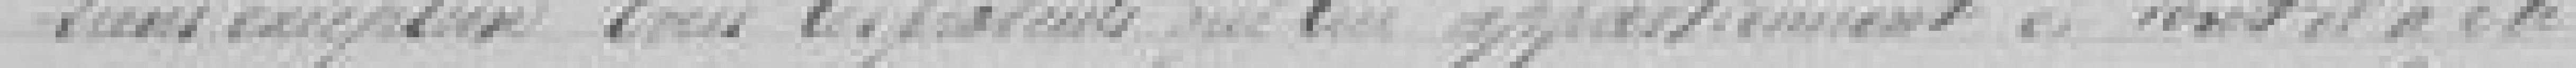
sans exceptions tous les produits qui lui appartiennent et dont il a été